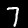
Label: 7